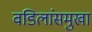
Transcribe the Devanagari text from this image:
वडिलांसमुखा